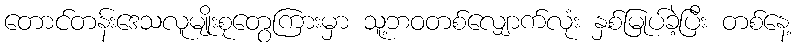
တောင်တန်းဒေသလူမျိုးစုတွေကြားမှာ သူ့ဘဝတစ်လျှောက်လုံး နှစ်မြုပ်ခဲ့ပြီး တစ်နေ့